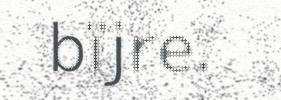
bïjre.